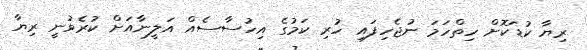
ރިޔާ ކުޑަކޮށް ހިތްހަމަ ނުޖެހިފައި ހުރި ކަމުގެ އިހުސާސެއް އަލީނާއަށް ކުރެވުނީ ރިޔާ